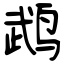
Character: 鹉